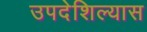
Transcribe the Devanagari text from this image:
उपदेशिल्यास